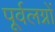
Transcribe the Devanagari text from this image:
पूर्वलग्नों